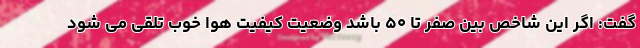
گفت: اگر این شاخص بین صفر تا ۵۰ باشد وضعیت کیفیت هوا خوب تلقی می شود